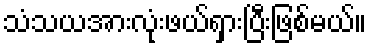
သံသယအားလုံးဖယ်ရှားပြီးဖြစ်မယ်။